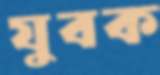
যুবক